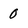
Character: 0